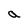
Character: a